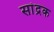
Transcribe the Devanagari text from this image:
सांद्रक